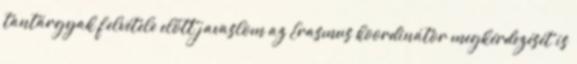
tantárgyak felvétele előtt javaslom az Erasmus koordinátor megkérdezését is